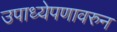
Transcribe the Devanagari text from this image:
उपाध्येपणावरुन